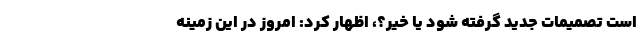
است تصمیمات جدید گرفته شود یا خیر؟، اظهار کرد: امروز در این زمینه